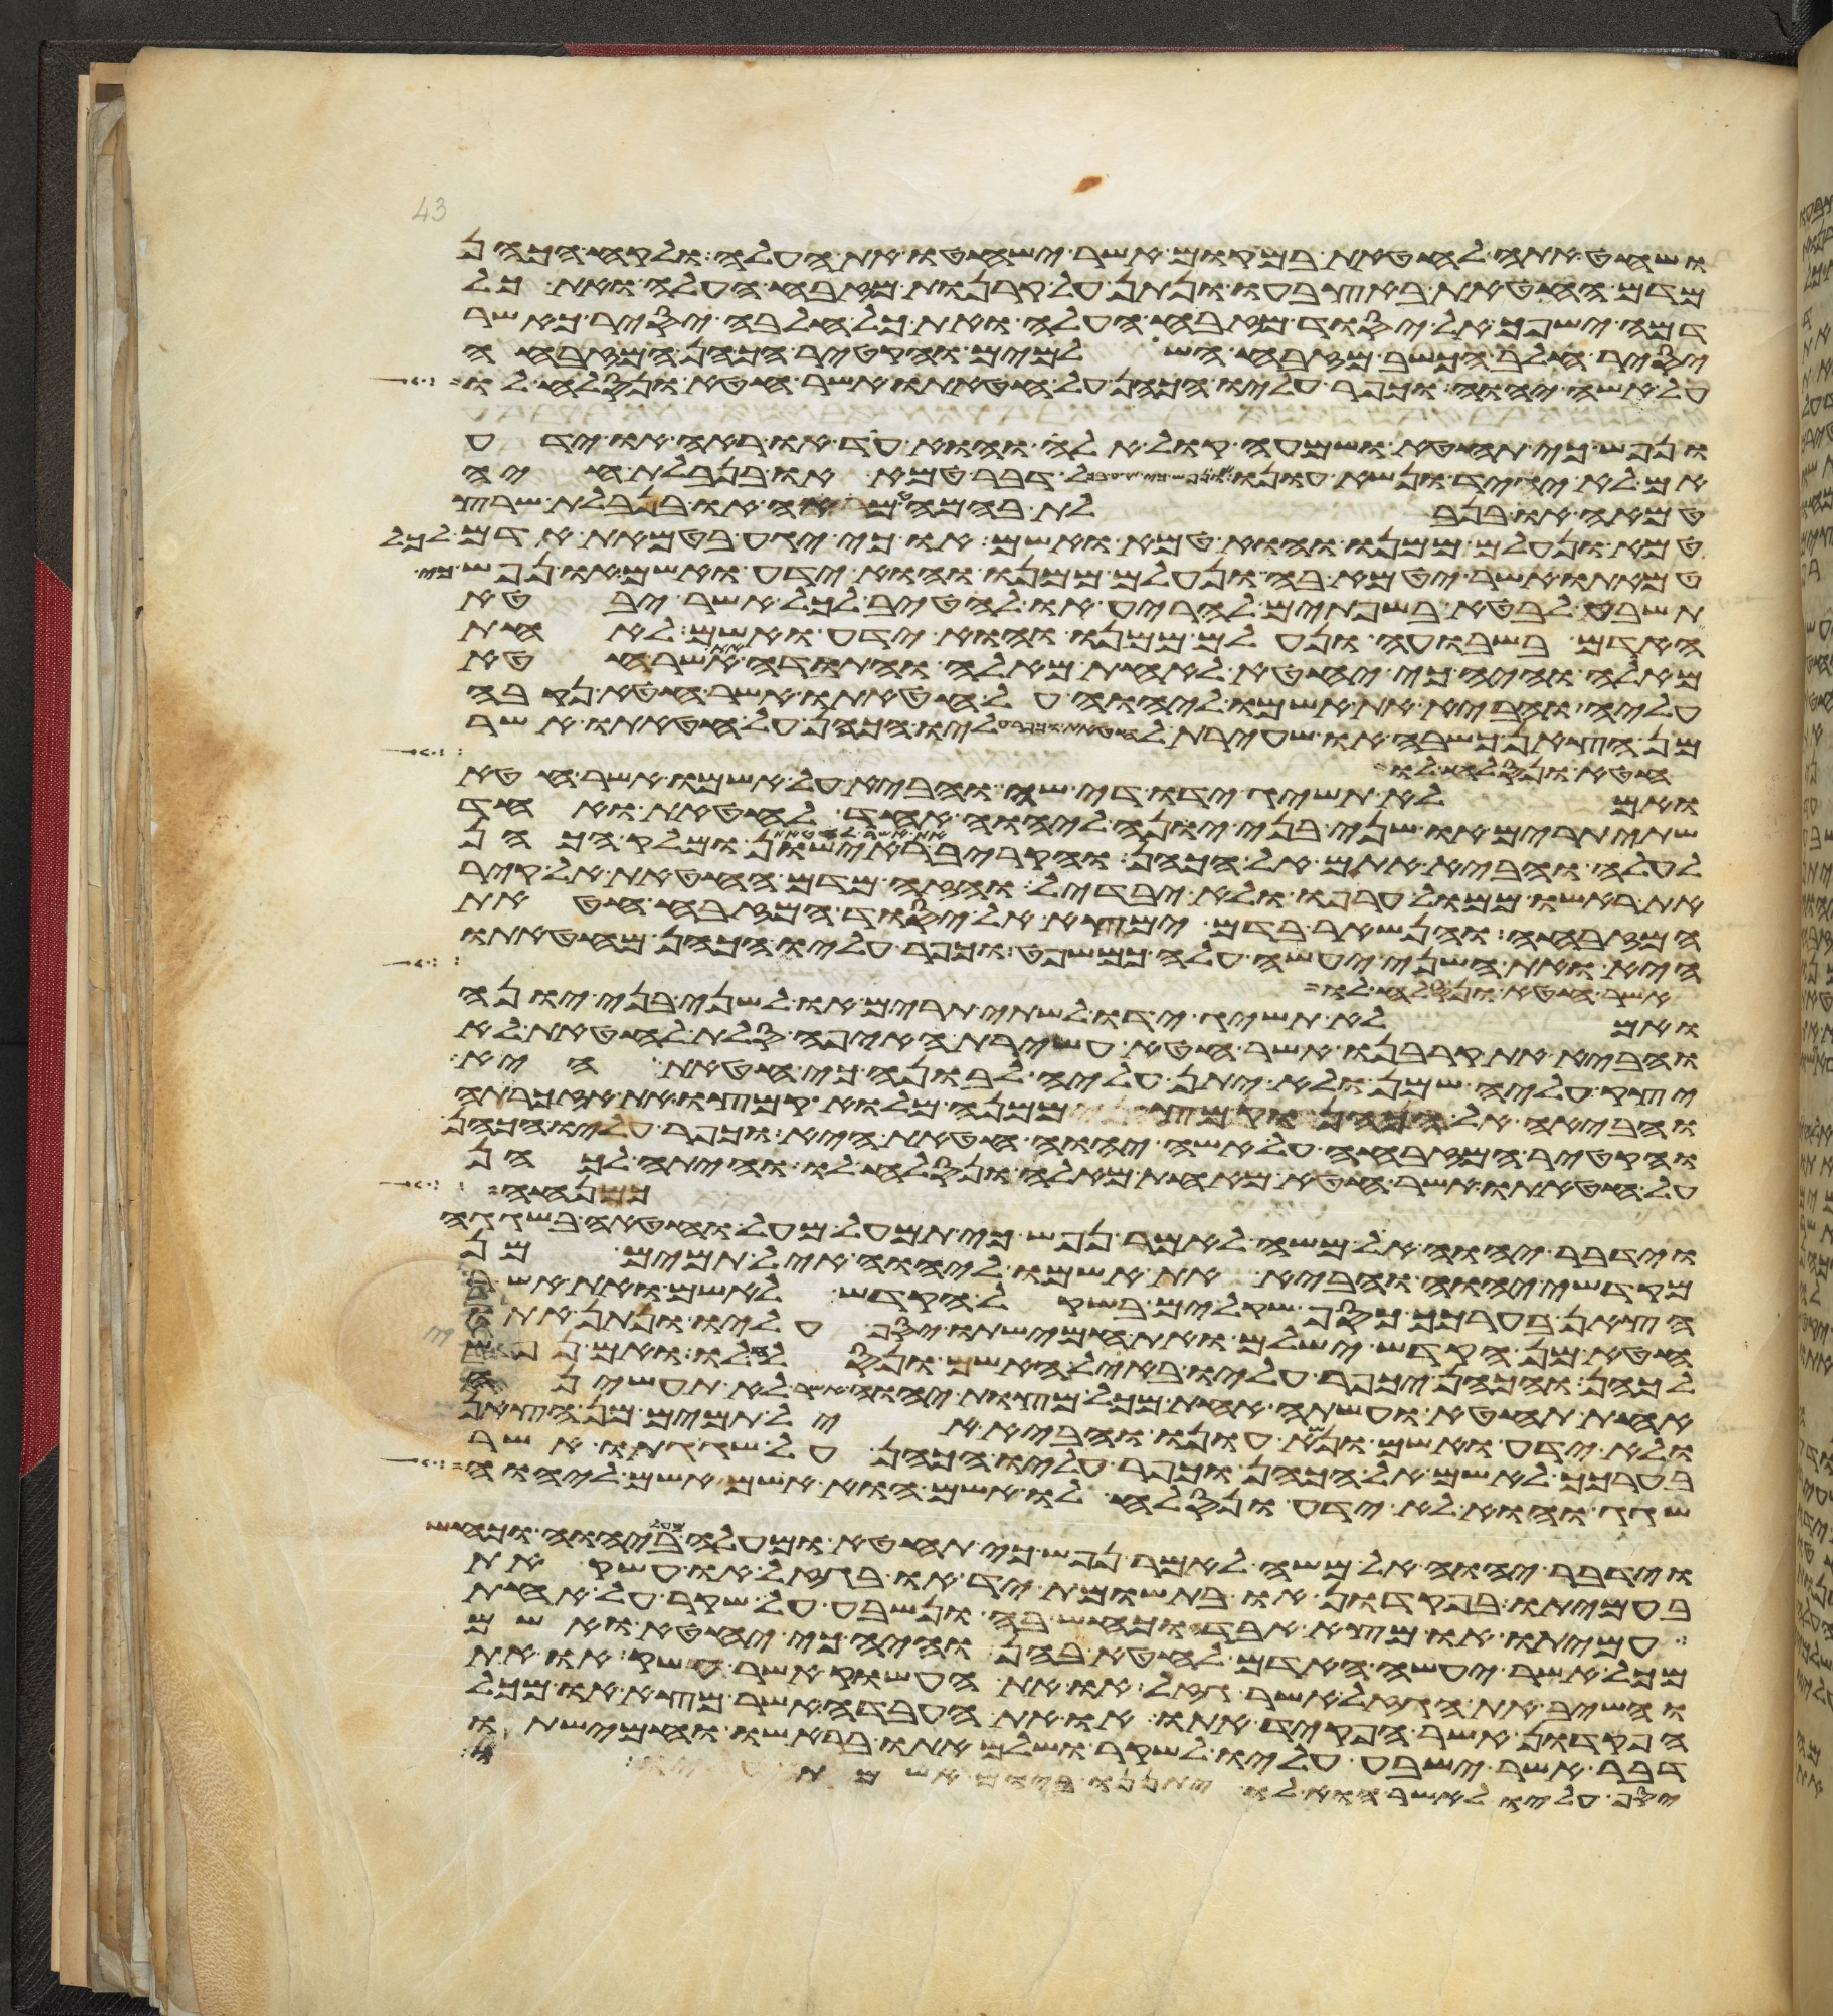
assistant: ושחט אתה לחטאת במקום אשר ישחטו את העלה ולקח הכהן
מדם החטאת באצבעו ונתן על קרנות מזבח העלה ואת כל
דמה ישפך אל יסוד מזבח העלה ואת כל חלבה יסיר כאשר
יסיר חלב הכשב מזבח השלמים והקטיר הכהן המזבחה
על אשי יהוה וכפר עליו הכהן על חטאתו אשר חטא ונסלח לו
ונפש כי תחטא ושמעה קול אלה והוא עד או ראה או ידע
אם לא יגיד ונשא עונו או נפש כי תגע בכל דבר טמא או בנבלת חיה
טמאה או בנבלת בהמה טמאה או בנבלת שרץ
טמא ונעלם ממנו והוא טמא ואשם או כי יגע בטמאת אדם לכל
טמאתו אשר יטמא בה ונעלם ממנו והוא ידע ואשם ונפש כי
תשבע לבטא בשפתים להריע או להטיב לכל אשר יבטא
האדם בשבועה ונעלם ממנו והוא ידע ואשם לאחת
מאלה והיה כי יחטא לאחת מאלה והתודה את אשר חטא
עליה והביא את אשמו ליהוה על חטאתו אשר חטא נקבה
מן הצאן כשבה או שעירת עזים לחטאת וכפר עליו הכהן על חטאתו אשר
חטא ונסלח לו
ואם לא תשיג ידו די שה והביא על אשמו אשר חטא
שתי תרים או שני בני יונה ליהוה אחד לחטאת ואחד
לעלה והביא אתם אל הכהן והקריב את אשר לחטאת ראישון ומלק הכהן
את ראשו ממול ערפו ולא יבדל והזה מדם החטאת אל קיר
המזבח והנשאר בדם ימצא אל יסוד המזבח חטאת
היא ואת השני יעשה עלה כמשפט וכפר עליו הכהן מחטאתו
אשר חטא ונסלח לו
ואם לא תשיג ידו לשתי תרים או לשני בני יונה
והביא את קרבנו אשר חטא עשירת האיפה סלת לחטאת לא
יצק עליה שמן ולא יתן עליה לבונה כי חטאת היא
והביאה אל הכהן וקמץ ממנה מלוא קמצו את אזכרתה
והקטיר המזבחה על אשי יהוה חטאת היא וכפר עליו הכהן
על חטאתו אשר חטא מאחת מאלה ונסלח לו והיתה לכהן
כמנחה
וידבר יהוה אל משה לאמר נפש כי תמעל מעל וחטאה בשגגה
מקדשי יהוה והביא את אשמו ליהוה איל תמים מן
הצאן בערכך כסף שקלים בשקל הקדש לאשם ואת אשר
חטא מן הקדש ישלם ואת חמישתו יסף עליו ונתן אתו
לכהן והכהן יכפר עליו באיל האשם ונסלח לו ואם נפש
אחת תחטא ועשתה אחת מכל מצות יהוה אשר לא תעשיהן
ולא ידע ואשם ונשא עונו והביא איל תמים מן הצאן
בערכך לאשם אל הכהן וכפר עליו הכהן על שגגתו אשר
שגג והוא לא ידע ונסלח לו אשם הוא אשם אשם ליהוה
וידבר יהוה אל משה לאמר נפש כי תחטא ומעלה מעל ביהוה וכחש
בעמיתו בפקדון או בתשומת יד או בגזל או עשק את
עמיתו או מצא אבדה וכחש בה ונשבע על שקר על אחת
מכל אשר יעשה האדם לחטא בהן והיה כי יחטא ואשם
והשיב את הגזל אשר גזל או את העשוק אשר עשק או את
הפקדון אשר הפקד אתו או את האבדה אשר מצא או מכל
דבר אשר ישבע עליו לשקר ושלם אתו בראשו וחמישתו
יסף עליו לאשר הוא לו יתננו ביום אשמתו